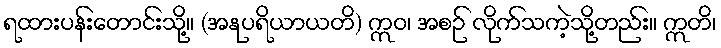
ရထားပန်းတောင်းသို့။ (အနုပရိယာယတိ) ဣဝ၊ အစဉ် လိုက်သကဲ့သို့တည်း။ ဣတိ၊